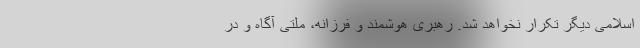
اسلامی دیگر تکرار نخواهد شد. رهبری هوشمند و فرزانه، ملتی آگاه و در